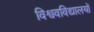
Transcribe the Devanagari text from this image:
विश्ववविद्यालयों